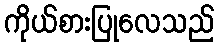
ကိုယ်စားပြုလေသည်